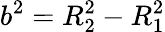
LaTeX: b^{2}=R_{2}^{2}-R_{1}^{2}